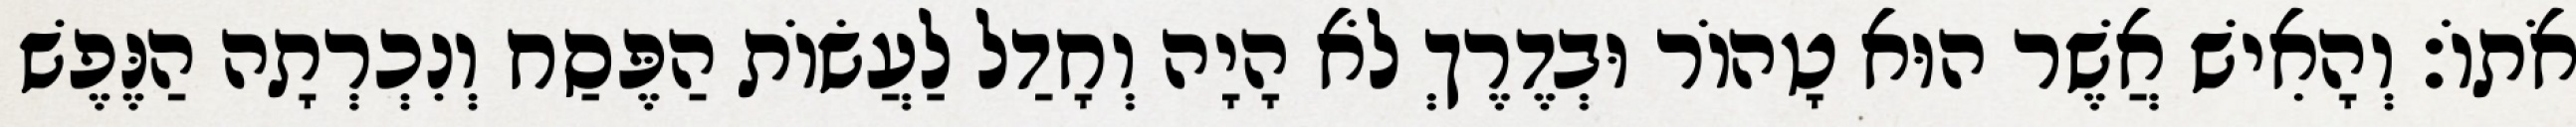
אֹתוֹ׃ וְהָאִישׁ אֲשֶׁר הוּא טָהוֹר וּבְדֶרֶךְ לֹא הָיָה וְחָדַל לַעֲשׂוֹת הַפֶּסַח וְנִכְרְתָה הַנֶּפֶשׁ